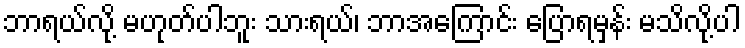
ဘာရယ်လို့ မဟုတ်ပါဘူး သားရယ်၊ ဘာအကြောင်း ပြောရမှန်း မသိလို့ပါ